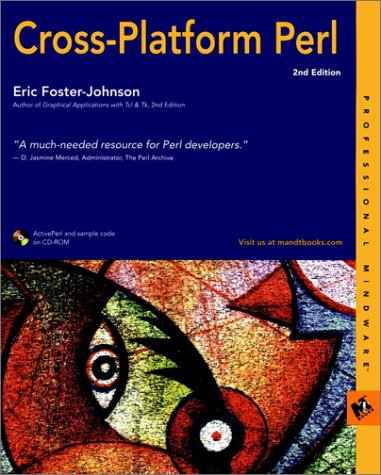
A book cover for Cross-Platform Perl; Eric Foster-Johnson; Computers & Technology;